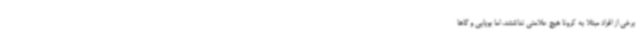
برخی از افراد مبتلا به کرونا هیچ علامتی نداشتند، اما بویایی و گاها